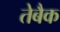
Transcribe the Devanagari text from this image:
तेबैक